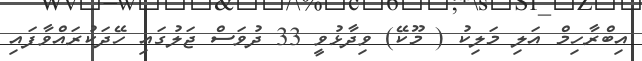
އިބްރާހިމް އަލި މަލިކު ( މޫކޭ) ވިދާޅުވީ 33 ދުވަސް ޖަލުގައި ހޭދަކުރައްވާފައި